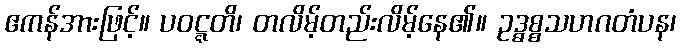
ဧကန်အားဖြင့်။ ပဝဋ္ဋတိ၊ တလိမ့်တည်းလိမ့်နေ၏။ ဥဒ္ဓစ္စသဟဂတံပန၊